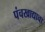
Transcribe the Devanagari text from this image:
पंचखाद्याचा